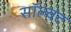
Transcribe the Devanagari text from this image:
सॉल्वंट